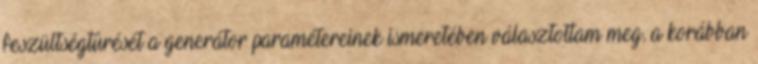
feszültségtûrését a generátor paramétereinek ismeretében választottam meg, a korábban